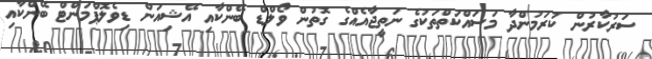
ސަރުކާރުން ކުރަމުންދާ މަސައްކަތްތަކުގެ ނަތީޖާއެއްގެ ގޮތުން ވޯލްޑް ބޭންކާއި އޭޝިއަން ޑިވެލޮޕްމަންޓް ބޭންކާއި